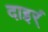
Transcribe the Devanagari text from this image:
दाइर्ं